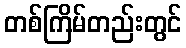
တစ်ကြိမ်တည်းတွင်